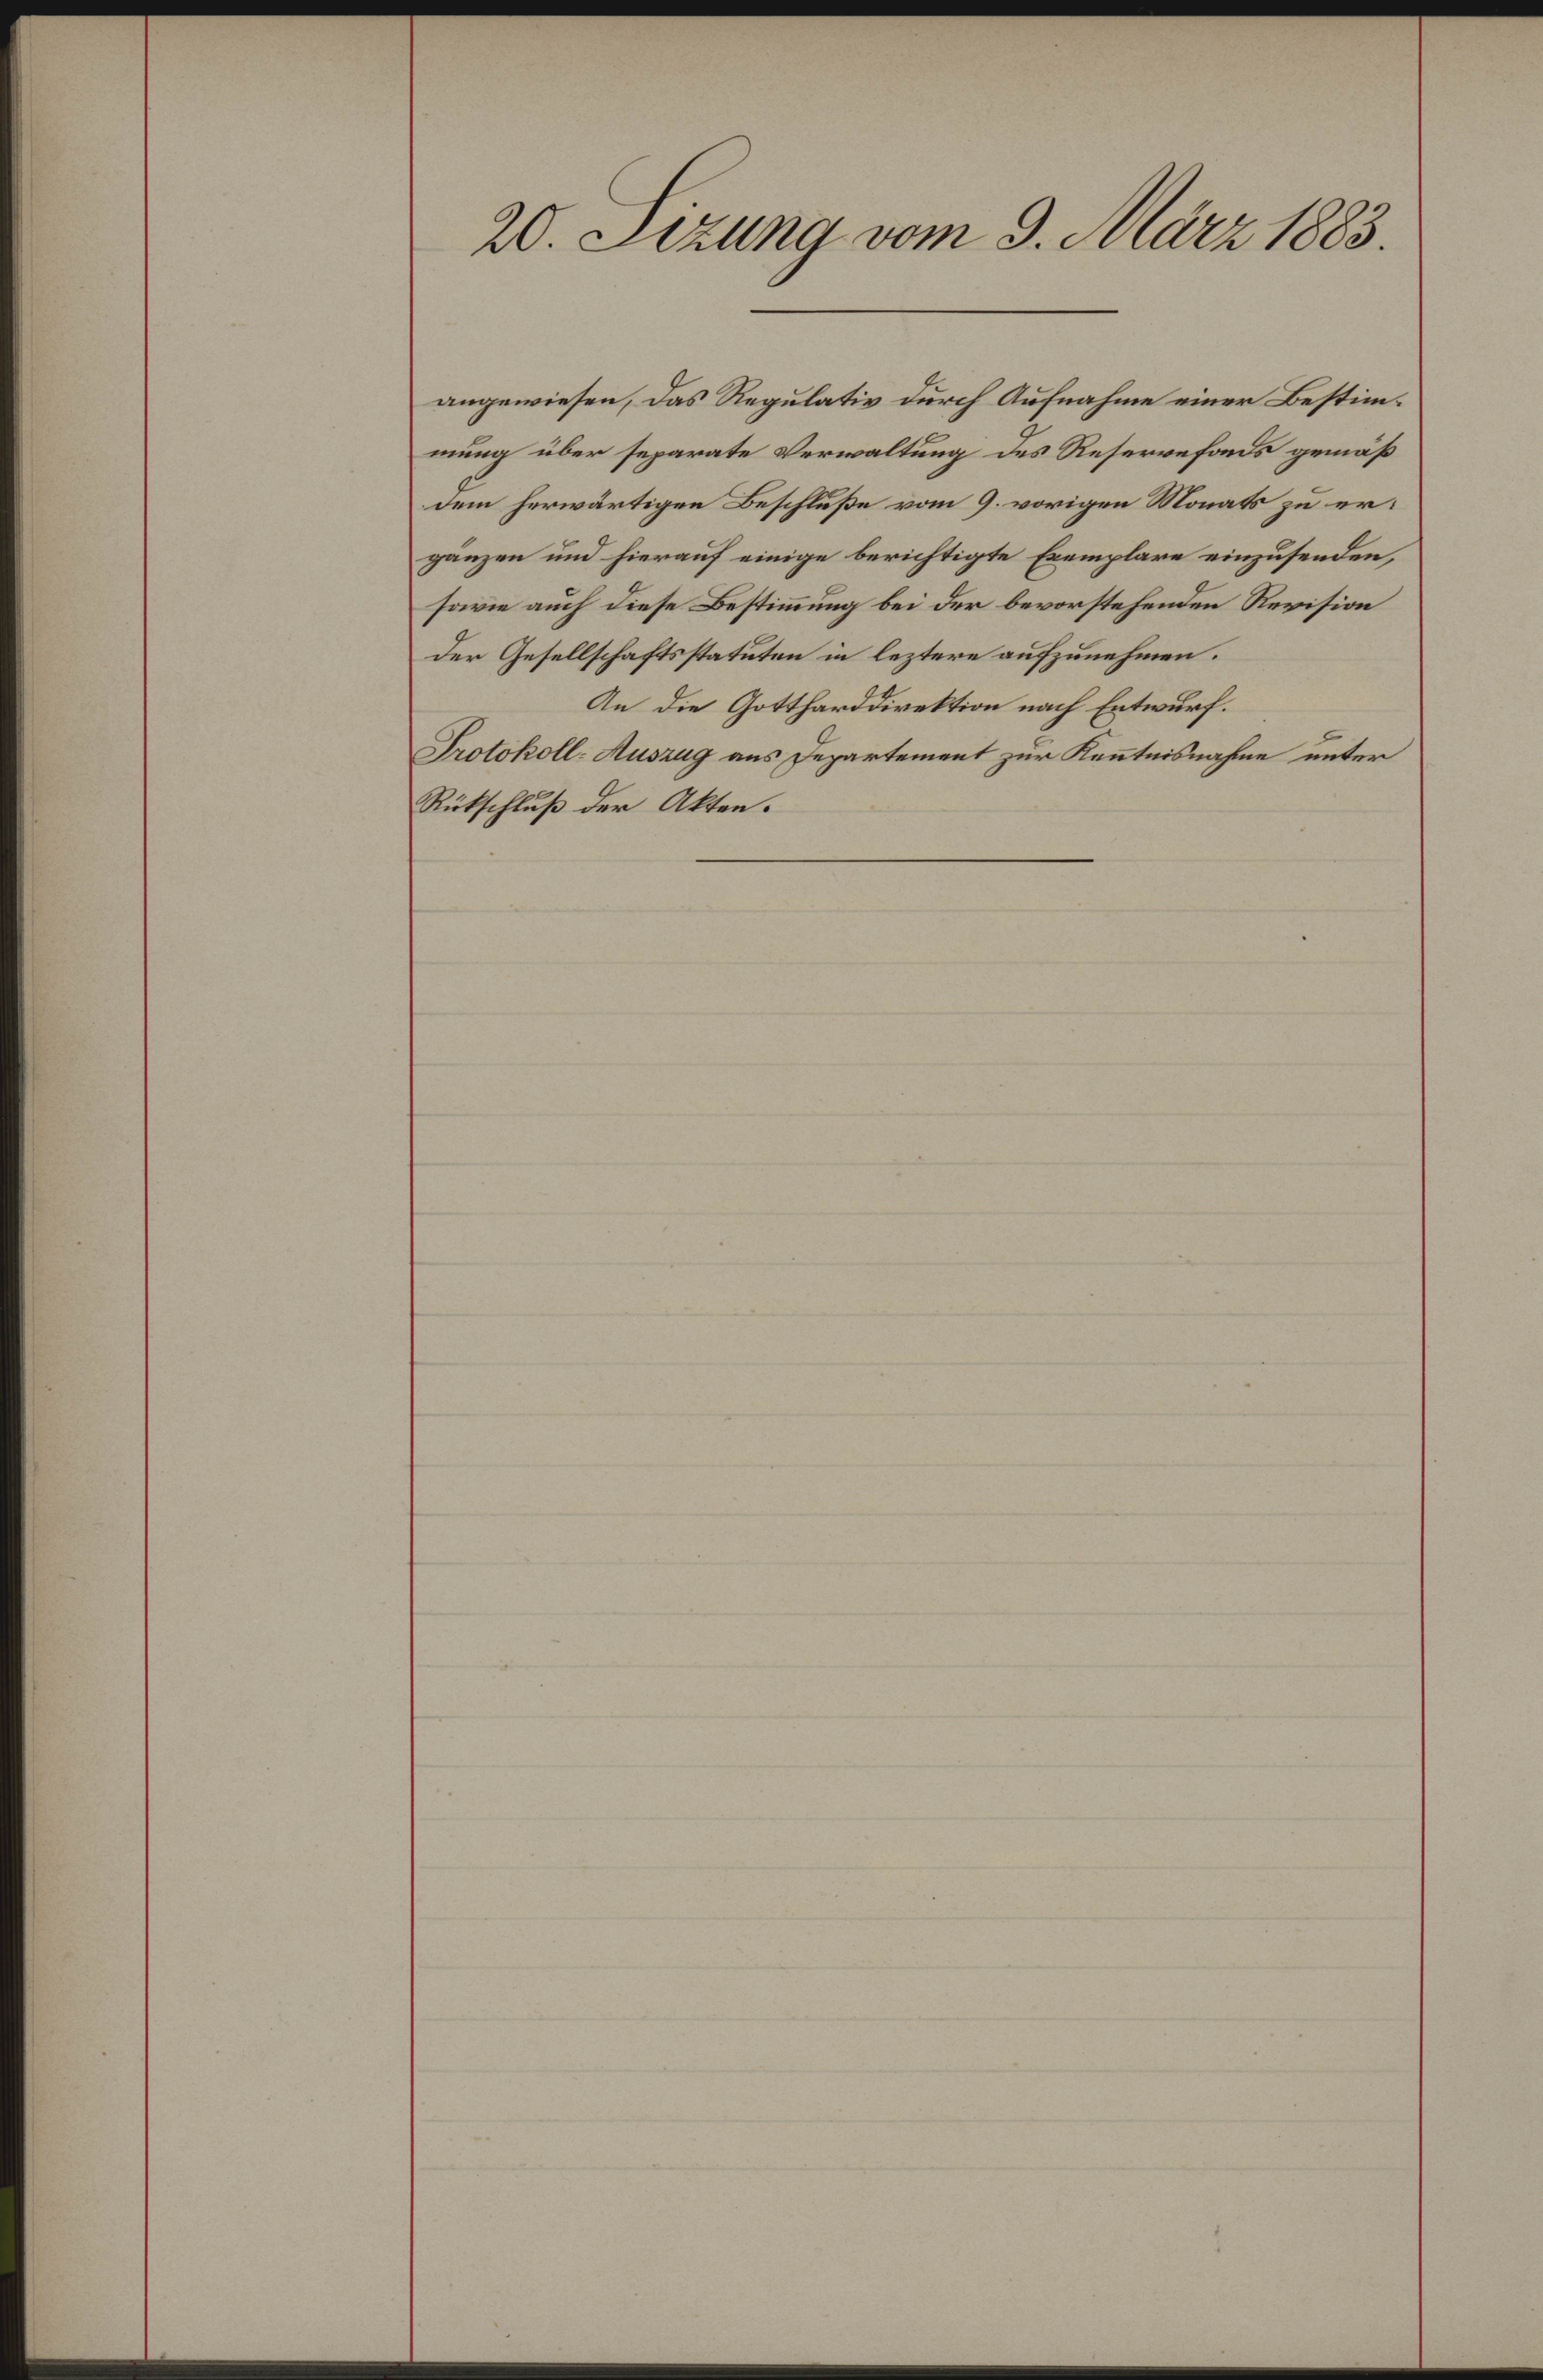
20. Sizung vom 9. März 1883.

angewiesen, das Regulativ durch Aufnahme einer Bestimmung über separate Verwaltung des Reservefonds gemäß
dem herwärtigen Beschluße vom 9. vorigen Monats zu ergänzen und hierauf einige berichtigte Exemplare einzusenden,
sowie auch diese Bestimmung bei der bevorstehenden Revision
der Gesellschaftsstatuten in leztere aufzunehmen.
An die Gottharddirektion nach Entwurf.
Protokoll-Auszug aus Departement zur Kenntnisnahme unter
Rückschluß der Akten.